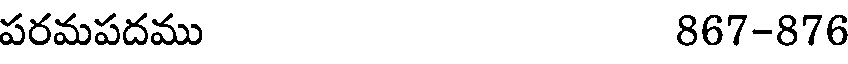
పరమపదము 867-876